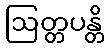
ဩတ္တပန္တိ